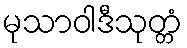
မုသာဝါဒီသုတ္တံ